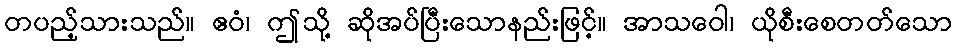
တပည့်သားသည်။ ဧဝံ၊ ဤသို့ ဆိုအပ်ပြီးသောနည်းဖြင့်။ အာသဝေါ၊ ယိုစီးစေတတ်သော